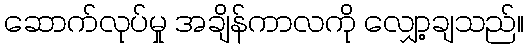
ဆောက်လုပ်မှု အချိန်ကာလကို လျှော့ချသည်။